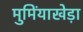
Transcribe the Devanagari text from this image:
मुमिंयाखेड़ा